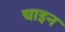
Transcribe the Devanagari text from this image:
चाइन